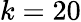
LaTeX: k=20